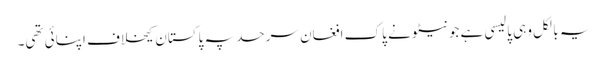
یہ بالکل وہی پالیسی ہے جو نیٹو نے پاک افغان سرحد پہ پاکستان کیخلاف اپنائی تھی۔